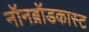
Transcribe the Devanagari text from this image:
नॉनब्रॉडकास्ट